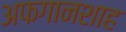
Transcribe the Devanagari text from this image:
अफगानशाह